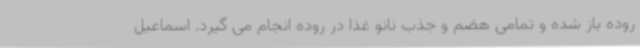
روده باز شده و تمامی هضم و جذب نانو غذا در روده انجام می گیرد. اسماعیل